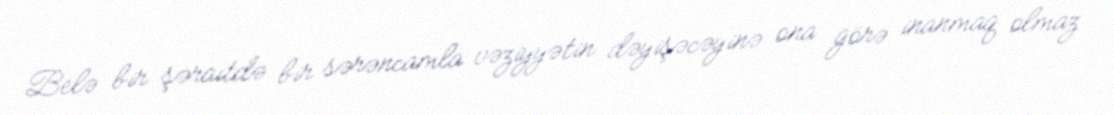
Belə bir şəraitdə bir sərəncamla vəziyyətin dəyişəcəyinə ona görə inanmaq olmaz